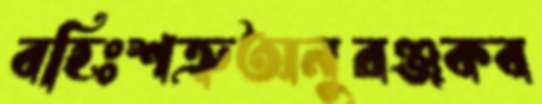
বহিঃশত্রুঅনুরঞ্জকব